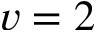
v = 2